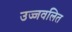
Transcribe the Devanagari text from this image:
उज्जवलित